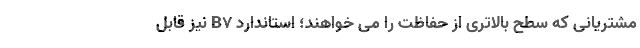
مشتریانی که سطح بالاتری از حفاظت را می خواهند؛ استاندارد B7 نیز قابل